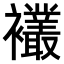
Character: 𫌘